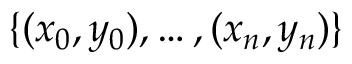
\{ ( x _ { 0 } , y _ { 0 } ) , \dotsc , ( x _ { n } , y _ { n } ) \}